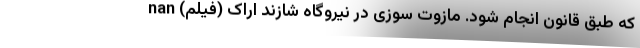
که طبق قانون انجام شود. مازوت سوزی در نیروگاه شازند اراک (فیلم) nan